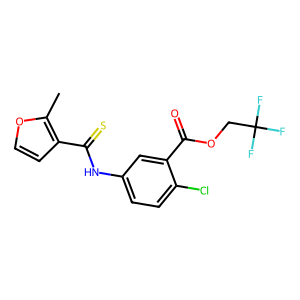
SMILES: Cc1occc1C(=S)Nc1ccc(Cl)c(C(=O)OCC(F)(F)F)c1
Inhibits HIV replication: Yes